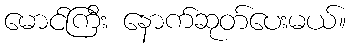
မောင်ကြီး နောက်ဆုတ်ပေးမယ်။